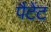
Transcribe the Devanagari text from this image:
पैटेंट